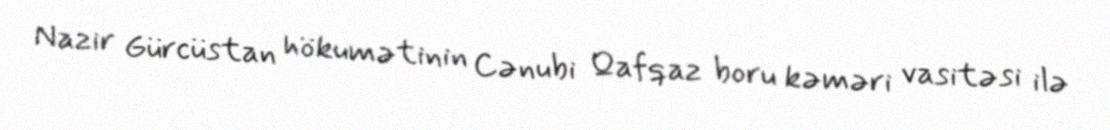
Nazir Gürcüstan hökumətinin Cənubi Qafqaz boru kəməri vasitəsi ilə